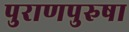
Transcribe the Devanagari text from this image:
पुराणपुरुषा